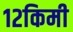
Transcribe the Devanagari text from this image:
१२किमी